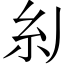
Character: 𱹪